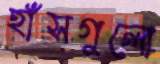
হাঁসগুলো